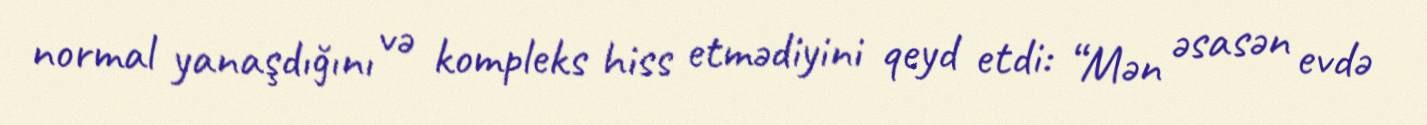
normal yanaşdığını və kompleks hiss etmədiyini qeyd etdi: “Mən əsasən evdə